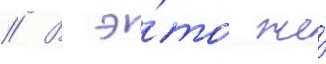
// В э́то же́